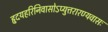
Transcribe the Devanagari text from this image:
हृदयहरिनिवासोऽप्युत्तरारण्यवासः